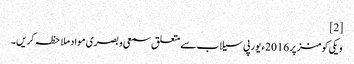
[2]
ویکی کومنز پر 2016ء یورپی سیلاب سے متعلق سمعی و بصری مواد ملاحظہ کریں۔